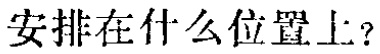
安排在什么位置上？